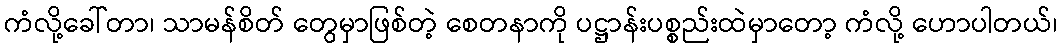
ကံလို့ခေါ်တာ၊ သာမန်စိတ် တွေမှာဖြစ်တဲ့ စေတနာကို ပဋ္ဌာန်းပစ္စည်းထဲမှာတော့ ကံလို့ ဟောပါတယ်၊